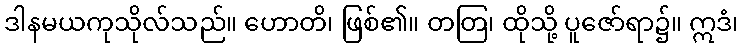
ဒါနမယကုသိုလ်သည်။ ဟောတိ၊ ဖြစ်၏။ တတြ၊ ထိုသို့ ပူဇော်ရာ၌။ ဣဒံ၊